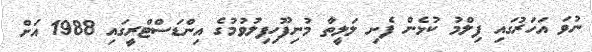
ނުވަ އަހަރުގައި ފިލްމު ކުޅެން ފެށި ލަލީތާ މުނިފޫހިފިލުވުމުގެ އިންޑަސްޓްރީގައި 1988 އަށް